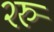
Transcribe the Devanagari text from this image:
२रु